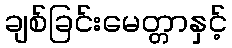
ချစ်ခြင်းမေတ္တာနှင့်